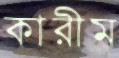
কারীম